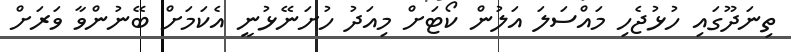
ތިނަދޫގައި ހުޅުޖެހި މައްސަލަ އަލުން ކޯޓަށް މިއަދު ހުށަނޭޅުނީ އެކަމަށް ބޭނުންވާ ވަރަށް